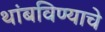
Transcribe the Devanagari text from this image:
थांबविण्याचे